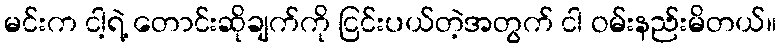
မင်းက ငါ့ရဲ့ တောင်းဆိုချက်ကို ငြင်းပယ်တဲ့အတွက် ငါ ဝမ်းနည်းမိတယ်။